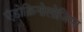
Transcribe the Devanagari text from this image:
एंडोक्रिनोलोजिस्ट